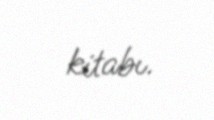
kitabı.